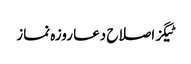
ٹیگزاصلاح دعا روزہ نماز